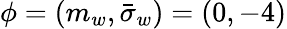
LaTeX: \phi=\left(m_{w},\bar{\sigma}_{w}\right)=(0,-4)